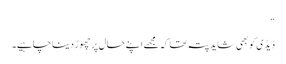
“
ڈیڈی کو بھی شاید پتہ تھا کہ مجھے اپنے حال پر چھوڑ دینا چاہیے۔